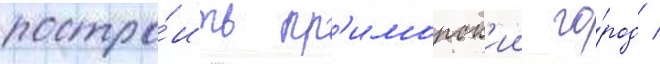
постро́ить пр'иморск'ии го́род /